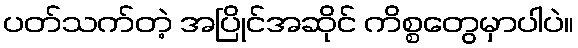
ပတ်သက်တဲ့ အပြိုင်အဆိုင် ကိစ္စတွေမှာပါပဲ။